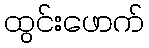
ထွင်းဖောက်